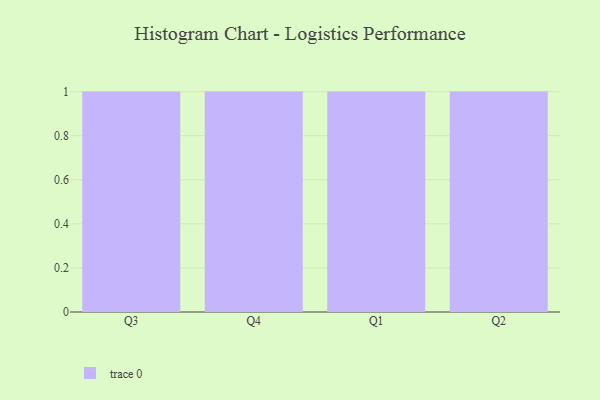
{"axis": {"x": "Quarter", "y": "Operating Costs (USD K)"}, "legend": [""], "data": [{"x": "Q3", "y": 67, "type": ""}, {"x": "Q4", "y": 6, "type": ""}, {"x": "Q1", "y": 79, "type": ""}, {"x": "Q2", "y": 21, "type": ""}]}